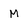
Character: M